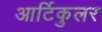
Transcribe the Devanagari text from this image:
आर्टिकुलर